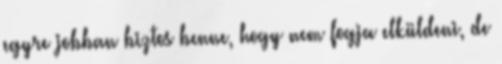
egyre jobban biztos benne, hogy nem fogja elküldeni, de